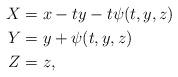
LaTeX: \begin{align*} X & = x - t y - t \psi(t,y,z) \\ Y & = y + \psi(t,y,z) \\ Z & = z,\end{align*}